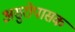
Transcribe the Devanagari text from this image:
असुरोपासक